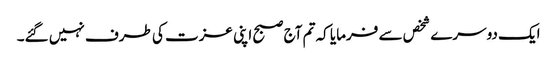
ایک دوسرے شخص سے فرمایا کہ تم آج صبح اپنی عزت کی طرف نہیں گئے۔